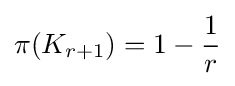
\pi (K_{r+1})=1-{\frac {1}{r}}